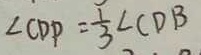
\angle C D P = \frac { 1 } { 3 } \angle C D B